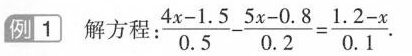
例1 解方程： $$\frac{4x-1.5}{0.5}- \frac{5x-0.8}{0.2}= \frac{1.2-x}{0.1}.$$